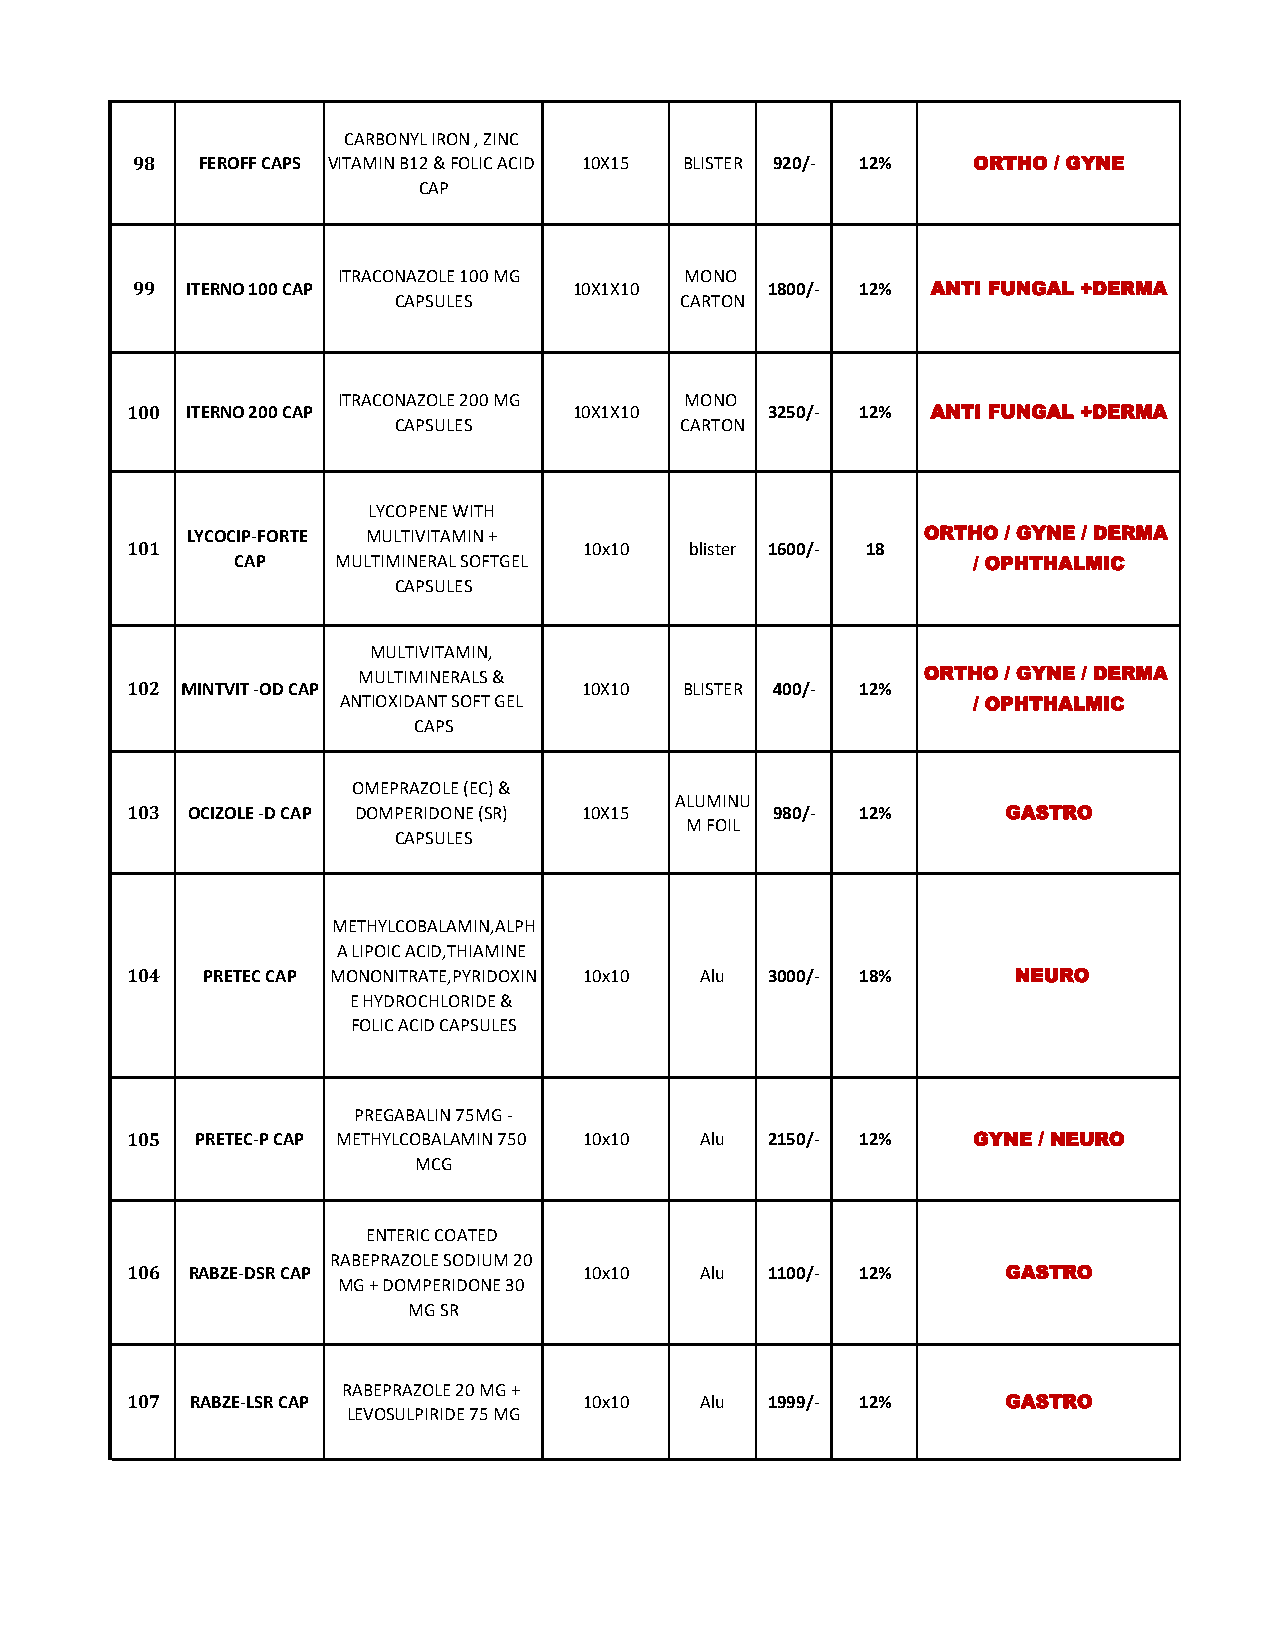
CARBONYL IRON , ZINC
 98  FEROFF CAPS VITAMIN B12 & FOLIC ACID 10X15 BLISTER 920/- 12% ORTHO / GYNE
 CAP
 ITRACONAZOLE 100 MG    MONO
 99 ITERNO 100 CAP            10X1X10      1800/- 12% ANTI FUNGAL +DERMA
 CAPSULES           CARTON
 ITRACONAZOLE 200 MG    MONO
 100 ITERNO 200 CAP            10X1X10      3250/- 12% ANTI FUNGAL +DERMA
 CAPSULES           CARTON
 LYCOPENE WITH
 LYCOCIP-FORTE MULTIVITAMIN +                     ORTHO / GYNE / DERMA
 101                            10x10  blister 1600/- 18
 CAP   MULTIMINERAL SOFTGEL                      / OPHTHALMIC
 CAPSULES
 MULTIVITAMIN,
 MULTIMINERALS &                      ORTHO / GYNE / DERMA
 102 MINTVIT -OD CAP            10X10 BLISTER 400/- 12%
 ANTIOXIDANT SOFT GEL                      / OPHTHALMIC
 CAPS
 OMEPRAZOLE (EC) &
 ALUMINU
 103 OCIZOLE -D CAP DOMPERIDONE (SR) 10X15  980/- 12%       GASTRO
 M FOIL
 CAPSULES
 METHYLCOBALAMIN,ALPH
 A LIPOIC ACID,THIAMINE
 104  PRETEC CAP MONONITRATE,PYRIDOXIN 10x10 Alu 3000/- 18% NEURO
 E HYDROCHLORIDE &
 FOLIC ACID CAPSULES
 PREGABALIN 75MG -
 105  PRETEC-P CAP METHYLCOBALAMIN 750 10x10 Alu 2150/- 12% GYNE / NEURO
 MCG
 ENTERIC COATED
 RABEPRAZOLE SODIUM 20
 106 RABZE-DSR CAP              10x10  Alu  1100/- 12%      GASTRO
 MG + DOMPERIDONE 30
 MG SR
 RABEPRAZOLE 20 MG +
 107  RABZE-LSR CAP             10x10  Alu  1999/- 12%      GASTRO
 LEVOSULPIRIDE 75 MG